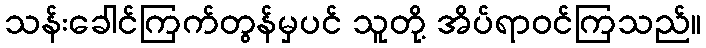
သန်းခေါင်ကြက်တွန်မှပင် သူတို့ အိပ်ရာဝင်ကြသည်။